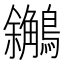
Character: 𪇝